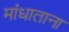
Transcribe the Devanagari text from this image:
मांधाताना